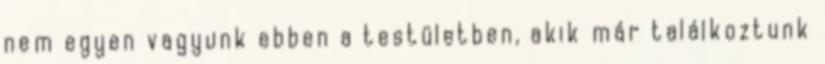
nem egyen vagyunk ebben a testületben, akik már találkoztunk